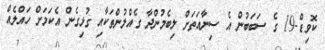
ކޮވިޑް-19 ގެ ސަބަބުން އެ ސިނާއަތަށް ލިބެމުންދާ ގެއްލުންތަކާއި ގުޅިގެން އެކަމަށް ހައްލެއް